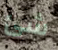
شئ